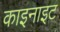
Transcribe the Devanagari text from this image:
काइनाइट